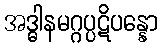
အဒ္ဓါနမဂ္ဂပ္ပဋိပန္နော